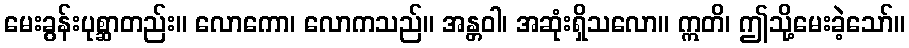
မေးခွန်းပုစ္ဆာတည်း။ လောကော၊ လောကသည်။ အန္တဝါ၊ အဆုံးရှိသလော။ ဣတိ၊ ဤသို့မေးခဲ့သော်။